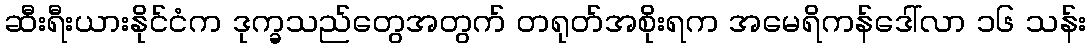
ဆီးရီးယားနိုင်ငံက ဒုက္ခသည်တွေအတွက် တရုတ်အစိုးရက အမေရိကန်ဒေါ်လာ ၁၆ သန်း